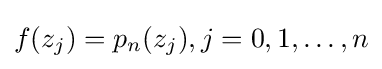
f(z_{j})=p_{n}(z_{j}),j=0,1,\ldots ,n